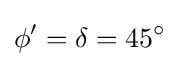
\phi '=\delta =45^{\circ }